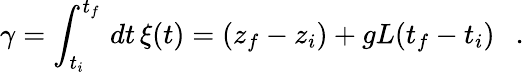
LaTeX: \gamma=\int_{t_{i}}^{t_{f}}\, dt\, \xi(t)=(z_{f}-z_{i})+gL(t_{f}-t_{i})\ \ \ .